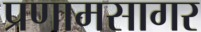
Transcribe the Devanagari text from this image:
प्रणामसागर